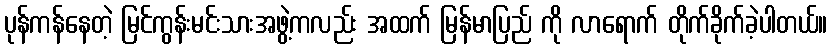
ပုန်ကန်နေတဲ့ မြင်ကွန်းမင်းသားအဖွဲ့ကလည်း အထက် မြန်မာပြည် ကို လာရောက် တိုက်ခိုက်ခဲ့ပါတယ်။